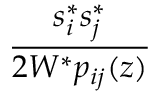
\frac { s _ { i } ^ { * } s _ { j } ^ { * } } { 2 W ^ { * } p _ { i j } ( z ) }